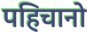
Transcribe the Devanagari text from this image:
पहिचानो